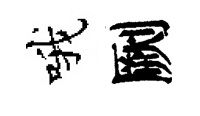
哦劂